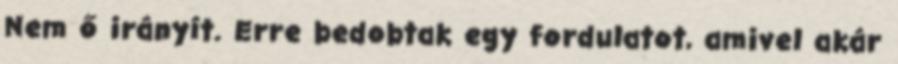
Nem ő irányít. Erre bedobtak egy fordulatot, amivel akár